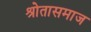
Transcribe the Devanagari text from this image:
श्रोतासमाज